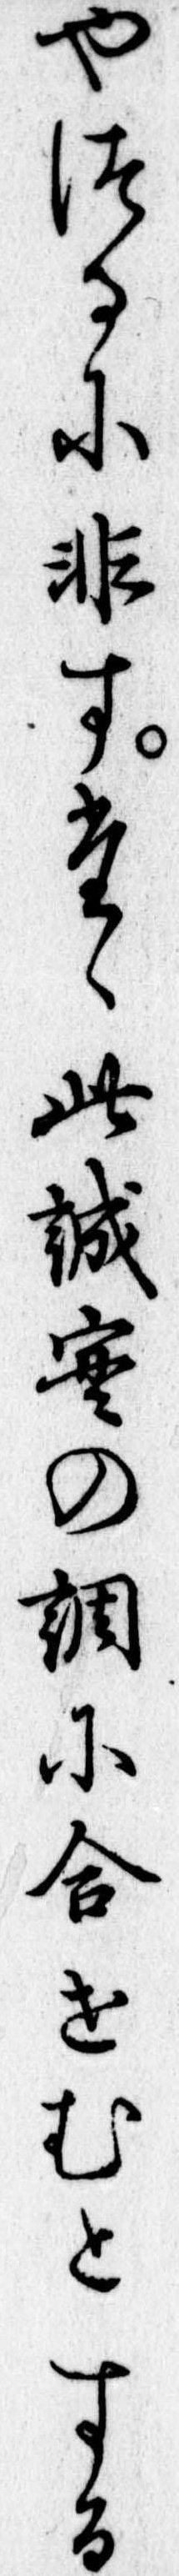
やつるに非すたゝ此誠実の調に合せむとする